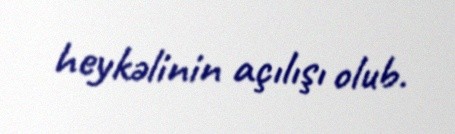
heykəlinin açılışı olub.